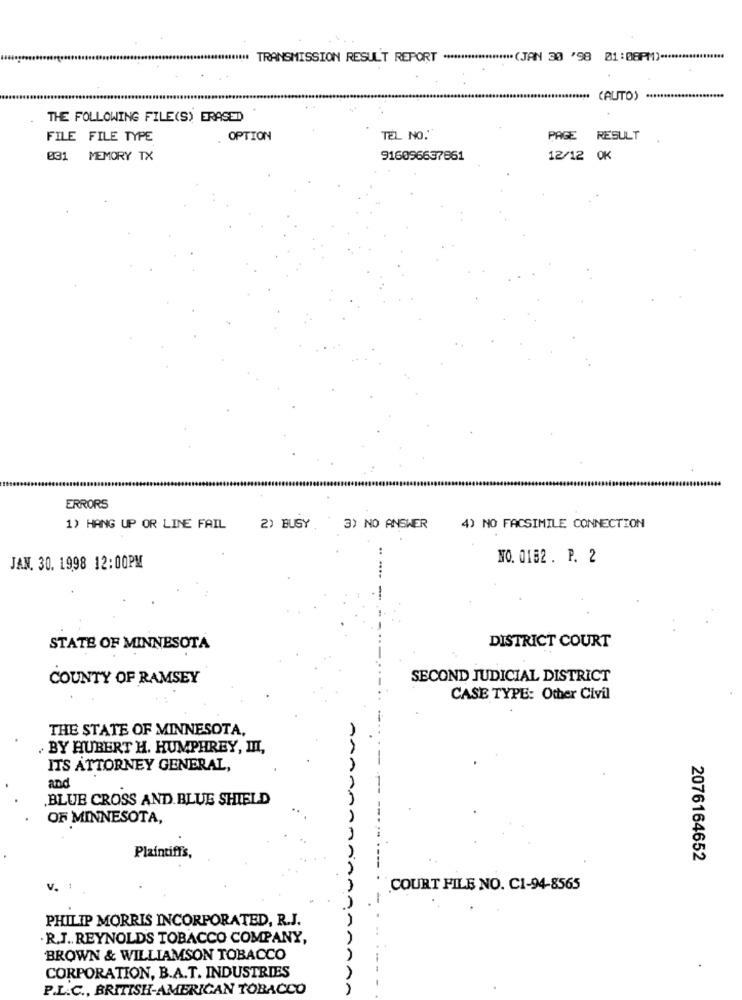
* TRANSMISSION RESULT REPORT ******************** (JAN 30 '98 01:08PM) **
(AUTO) ****
THE FOLLOWING FILE(S) ERASED
FILE FILE TYPE
. OPTION
TEL NO.'
PAGE
RESULT
031 MEMORY TX
916096637861
12/12 OK
ERRORS
1) HANG UP OR LINE FAIL
2) BUSY.
3) NO ANSWER
4) NO FACSIMILE CONNECTION
NO. 0152. P. 2
JAN. 30. 1998 12:00PM
STATE OF MINNESOTA
DISTRICT COURT
COUNTY OF RAMSEY
SECOND JUDICIAL DISTRICT
CASE TYPE: Other Civil
THE STATE OF MINNESOTA,
. BY HUBERT H. HUMPHREY, III,
ITS ATTORNEY GENERAL,
and
BLUE CROSS AND. BLUE SHIELD
OF MINNESOTA,
Plaintiff's,
2076164652
v. !
COURT FILE NO. C1-94-8565
PHILIP MORRIS INCORPORATED, R.J.
R.J. REYNOLDS TOBACCO COMPANY,
BROWN & WILLIAMSON TOBACCO
CORPORATION, B.A.T. INDUSTRIES
P.L.C ., BRITISH-AMERICAN TOBACCO